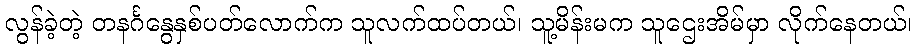
လွန်ခဲ့တဲ့ တနင်္ဂနွေနှစ်ပတ်လောက်က သူလက်ထပ်တယ်၊ သူ့မိန်းမက သူဌေးအိမ်မှာ လိုက်နေတယ်၊